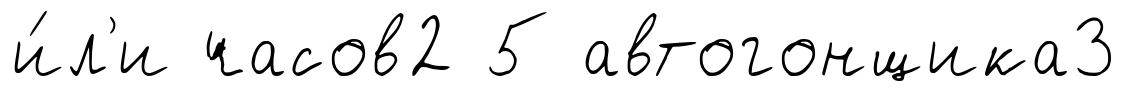
и́л'и часов2 5 автогонщика3